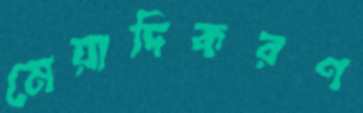
মেয়াদিকরণ